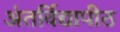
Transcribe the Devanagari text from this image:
अंतर्विद्यापीठ